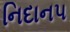
નિદાન૫